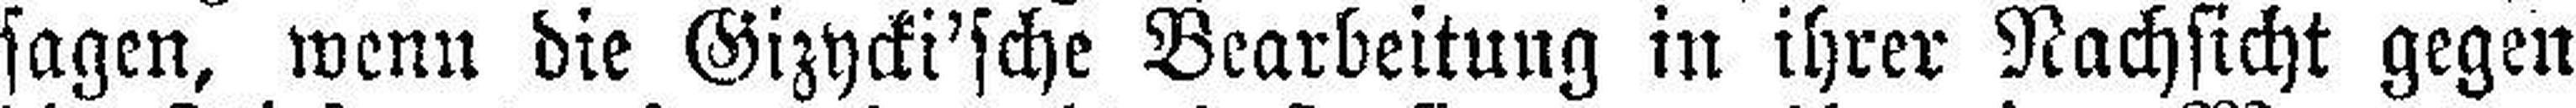
sagen, wenn die Gizycki'sche Bearbeitung in ihrer Nachsicht gegen